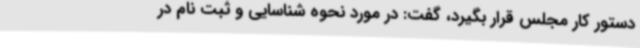
دستور کار مجلس قرار بگیرد، گفت: در مورد نحوه شناسایی و ثبت نام در